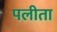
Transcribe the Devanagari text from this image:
पलीता